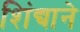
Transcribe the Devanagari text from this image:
शिंद्याने